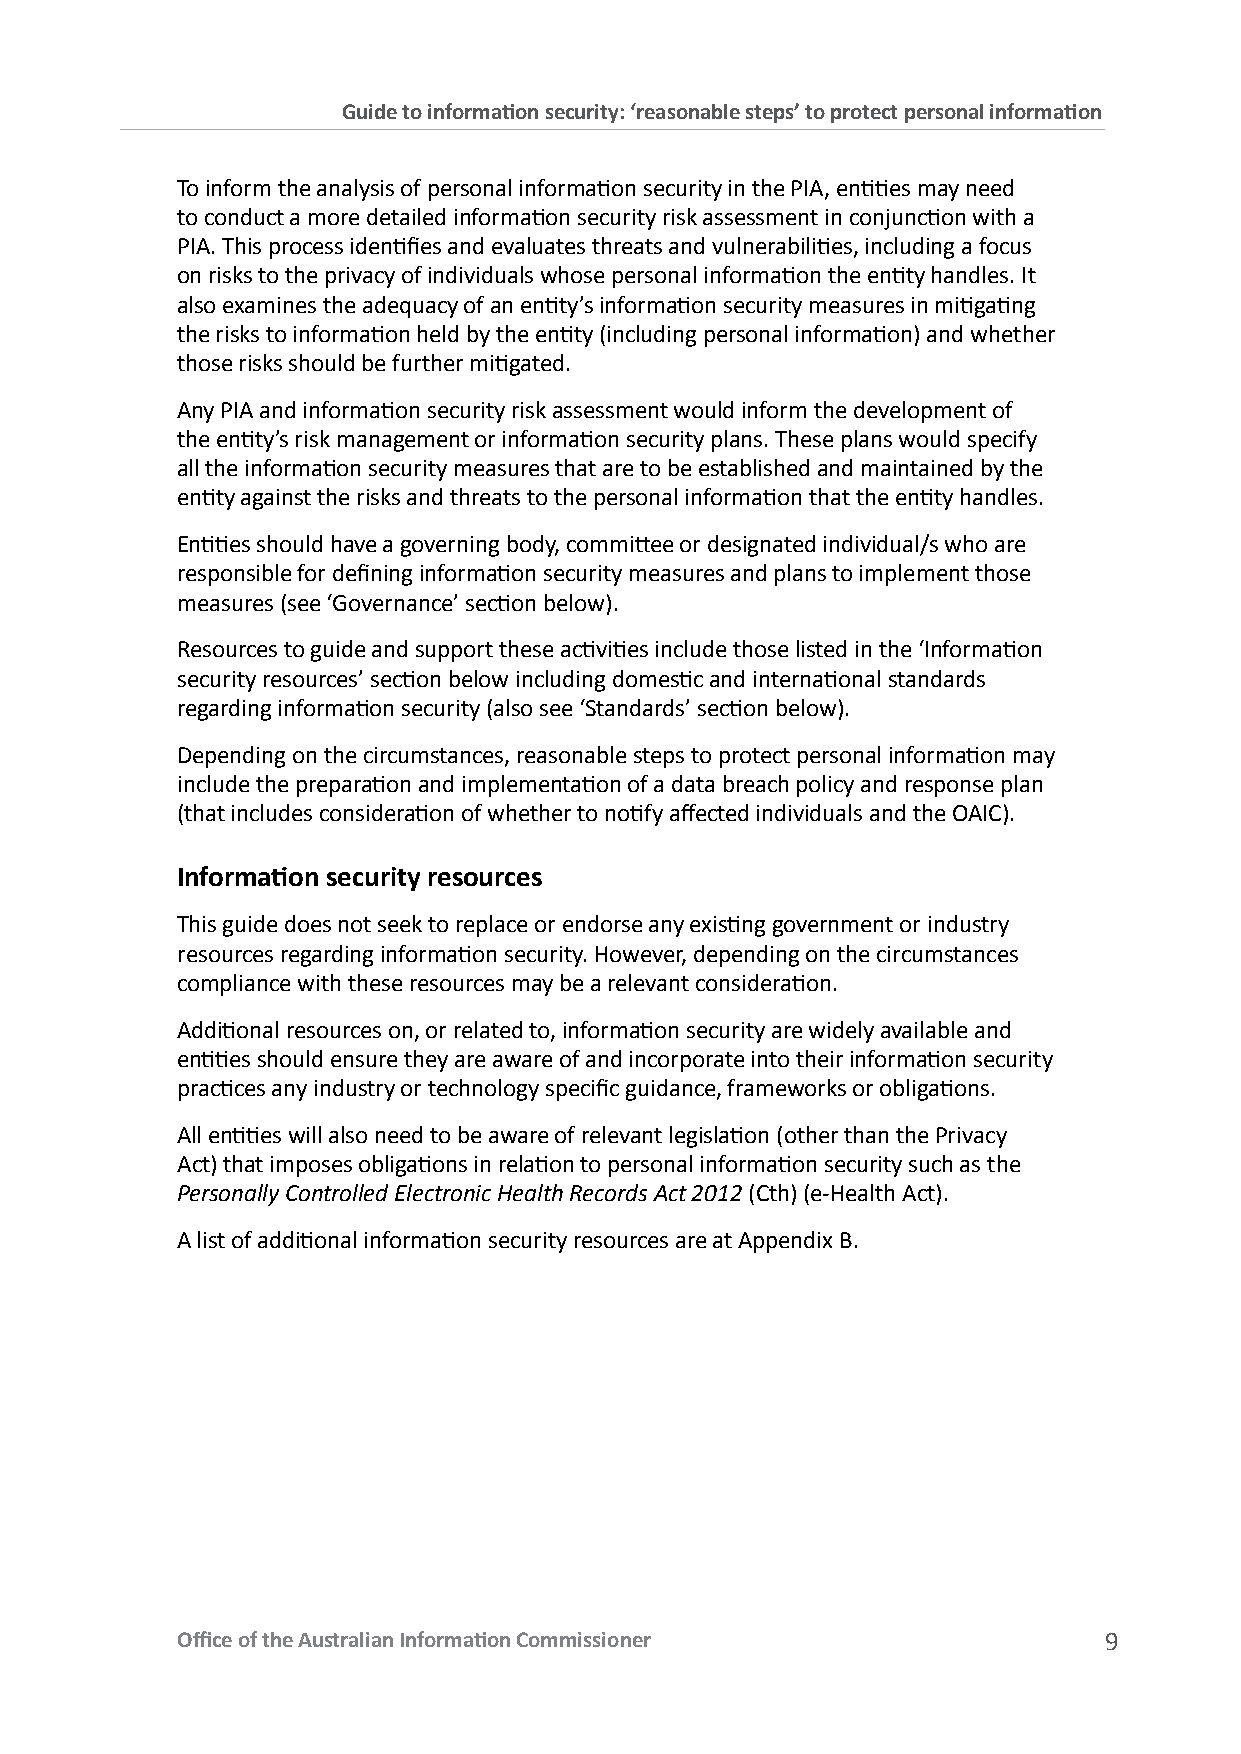
Guide to information security: ‘reasonable steps’ to protect personal information
 To inform the analysis of personal information security in the PIA, entities may need
 to conduct a more detailed information security risk assessment in conjunction with a
 PIA. This process identifies and evaluates threats and vulnerabilities, including a focus
 on risks to the privacy of individuals whose personal information the entity handles. It
 also examines the adequacy of an entity’s information security measures in mitigating
 the risks to information held by the entity (including personal information) and whether
 those risks should be further mitigated.
 Any PIA and information security risk assessment would inform the development of
 the entity’s risk management or information security plans. These plans would specify
 all the information security measures that are to be established and maintained by the
 entity against the risks and threats to the personal information that the entity handles.
 Entities should have a governing body, committee or designated individual/s who are
 responsible for defining information security measures and plans to implement those
 measures (see ‘Governance’ section below).
 Resources to guide and support these activities include those listed in the ‘Information
 security resources’ section below including domestic and international standards
 regarding information security (also see ‘Standards’ section below).
 Depending on the circumstances, reasonable steps to protect personal information may
 include the preparation and implementation of a data breach policy and response plan
 (that includes consideration of whether to notify affected individuals and the OAIC).
 Information security resources
 This guide does not seek to replace or endorse any existing government or industry
 resources regarding information security. However, depending on the circumstances
 compliance with these resources may be a relevant consideration.
 Additional resources on, or related to, information security are widely available and
 entities should ensure they are aware of and incorporate into their information security
 practices any industry or technology specific guidance, frameworks or obligations.
 All entities will also need to be aware of relevant legislation (other than the Privacy
 Act) that imposes obligations in relation to personal information security such as the
 Personally Controlled Electronic Health Records Act 2012 (Cth) (e-Health Act).
 A list of additional information security resources are at Appendix B.
 Office of the Australian Information Commissioner            9